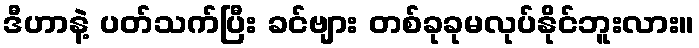
ဒီဟာနဲ့ ပတ်သက်ပြီး ခင်ဗျား တစ်ခုခုမလုပ်နိုင်ဘူးလား။